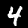
Label: 4